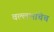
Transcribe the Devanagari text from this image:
वल्लभांचेच